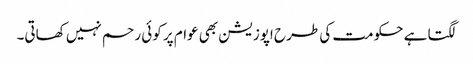
لگتا ہے حکومت کی طرح اپوزیشن بھی عوام پر کوئی رحم نہیں کھاتی۔